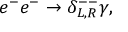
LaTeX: e ^ { - } e ^ { - } \rightarrow \delta _ { L , R } ^ { -- } \gamma ,